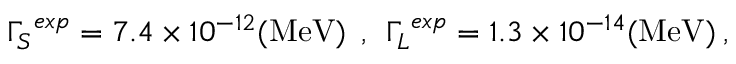
{ \Gamma _ { S } } ^ { e x p } = 7 . 4 \times 1 0 ^ { - 1 2 } ( \mathrm { M e V } ) \: \: , \: \: { \Gamma _ { L } } ^ { e x p } = 1 . 3 \times 1 0 ^ { - 1 4 } ( \mathrm { M e V } ) \: ,